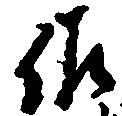
佐